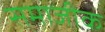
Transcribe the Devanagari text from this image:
समाजीक